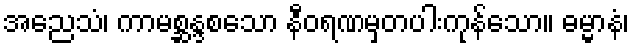
အညေသံ၊ ကာမစ္ဆန္ဒစသော နီဝရဏမှတပါးကုန်သော။ ဓမ္မာနံ၊